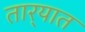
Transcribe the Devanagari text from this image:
तार्‍यात